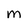
Character: M